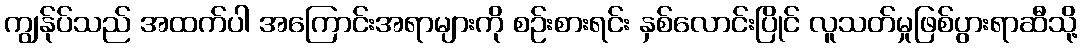
ကျွန်ုပ်သည် အထက်ပါ အကြောင်းအရာများကို စဉ်းစားရင်း နှစ်လောင်းပြိုင် လူသတ်မှုဖြစ်ပွားရာဆီသို့